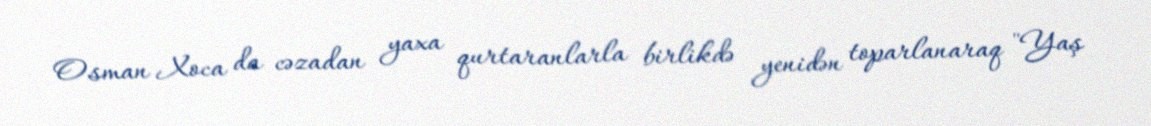
Osman Xoca da cəzadan yaxa qurtaranlarla birlikdə yenidən toparlanaraq "Yaş